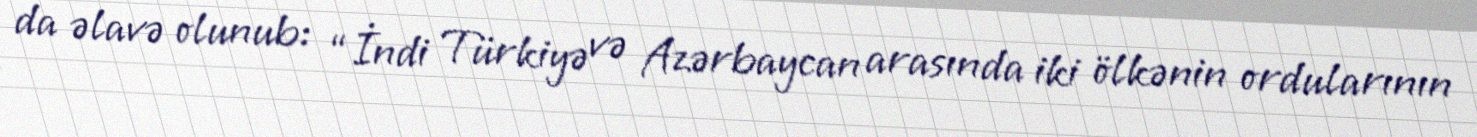
da əlavə olunub: “İndi Türkiyə və Azərbaycan arasında iki ölkənin ordularının